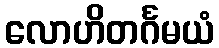
လောဟိတင်္ဂမယံ